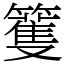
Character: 籆